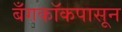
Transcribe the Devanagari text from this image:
बँगकॉकपासून